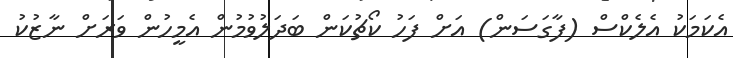
އެކަމަކު އެލެކްސް (ފާގަސަން) އަށް ފަހު ކޯޗުކަން ބަދަލުވުމުން އެމީހުން ވަރަށް ނާޒުކު